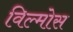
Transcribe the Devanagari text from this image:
विल्मोस